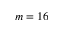
m = 1 6